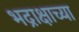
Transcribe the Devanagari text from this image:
भद्राक्षाच्या